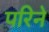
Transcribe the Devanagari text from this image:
परिने